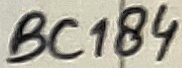
Text: BC184